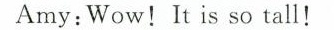
Amy:Wow!It is so tall!